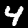
Digit: 4